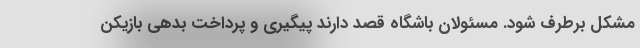
مشکل برطرف شود. مسئولان باشگاه قصد دارند پیگیری و پرداخت بدهی بازیکن